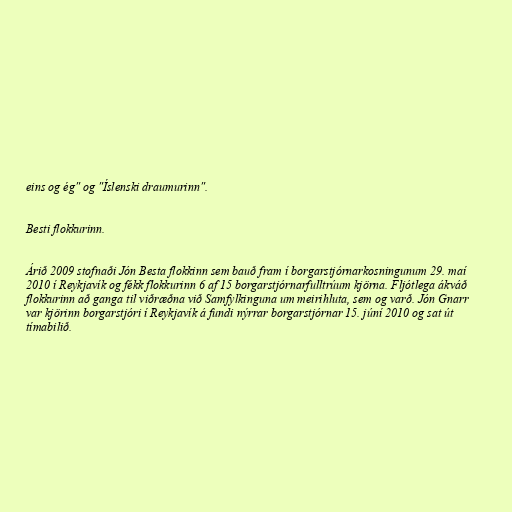
eins og ég" og "Íslenski draumurinn".

Besti flokkurinn.

Árið 2009 stofnaði Jón Besta flokkinn sem bauð fram í borgarstjórnarkosningunum 29. maí
2010 í Reykjavík og fékk flokkurinn 6 af 15 borgarstjórnarfulltrúum kjörna. Fljótlega ákváð
flokkurinn að ganga til viðræðna við Samfylkinguna um meirihluta, sem og varð. Jón Gnarr
var kjörinn borgarstjóri í Reykjavík á fundi nýrrar borgarstjórnar 15. júní 2010 og sat út
tímabilið.